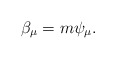
\begin{align*} \beta_\mu=m\psi_\mu.\end{align*}